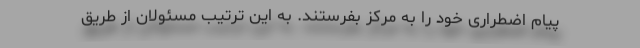
پیام اضطراری خود را به مرکز بفرستند. به این ترتیب مسئولان از طریق